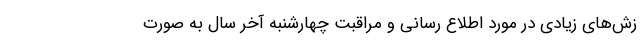
زش‌های زیادی در مورد اطلاع رسانی و مراقبت چهارشنبه آخر سال به صورت